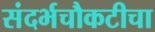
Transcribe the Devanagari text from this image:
संदर्भचौकटीचा